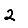
Digit: 2